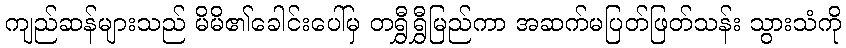
ကျည်ဆန်များသည် မိမိ၏ခေါင်းပေါ်မှ တရွှီရွှီမြည်ကာ အဆက်မပြတ်ဖြတ်သန်း သွားသံကို